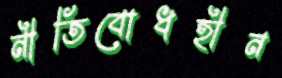
নীতিবোধহীন